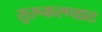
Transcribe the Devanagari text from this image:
सुरूकरण्यात